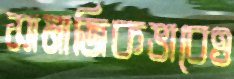
সামাজিকভাবেও